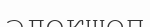
әлекшөп